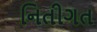
નિતીગત